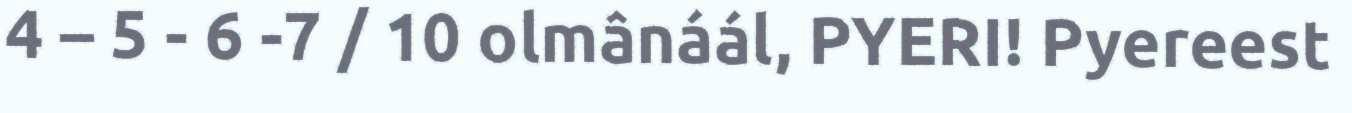
4 – 5 - 6 -7 / 10 olmânáál, PYERI! Pyereest